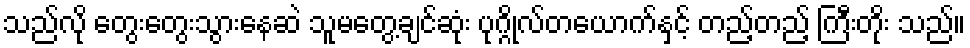
သည်လို တွေးတွေးသွားနေဆဲ သူမတွေ့ချင်ဆုံး ပုဂ္ဂိုလ်တယောက်နှင့် တည့်တည့် ကြီးတိုး သည်။